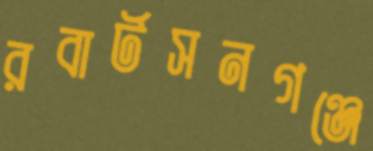
রবার্টসনগঞ্জে